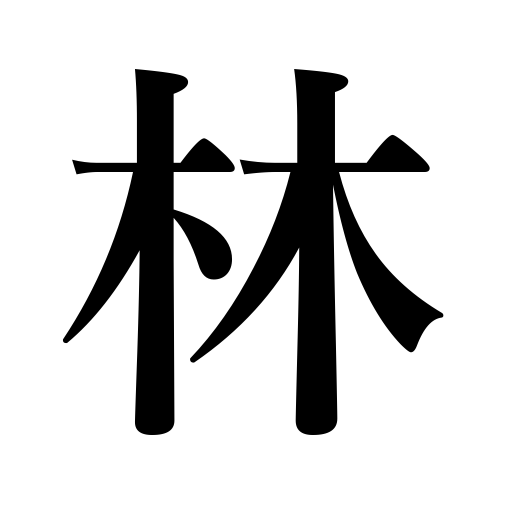
Meanings: forest